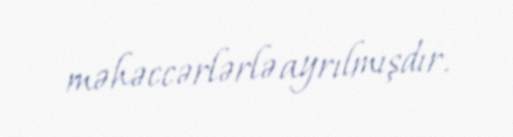
məhəccərlərlə ayrılmışdır.